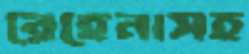
রেহেনাসহ